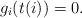
LaTeX: \begin{align*} g_i(t(i)) = 0. \end{align*}